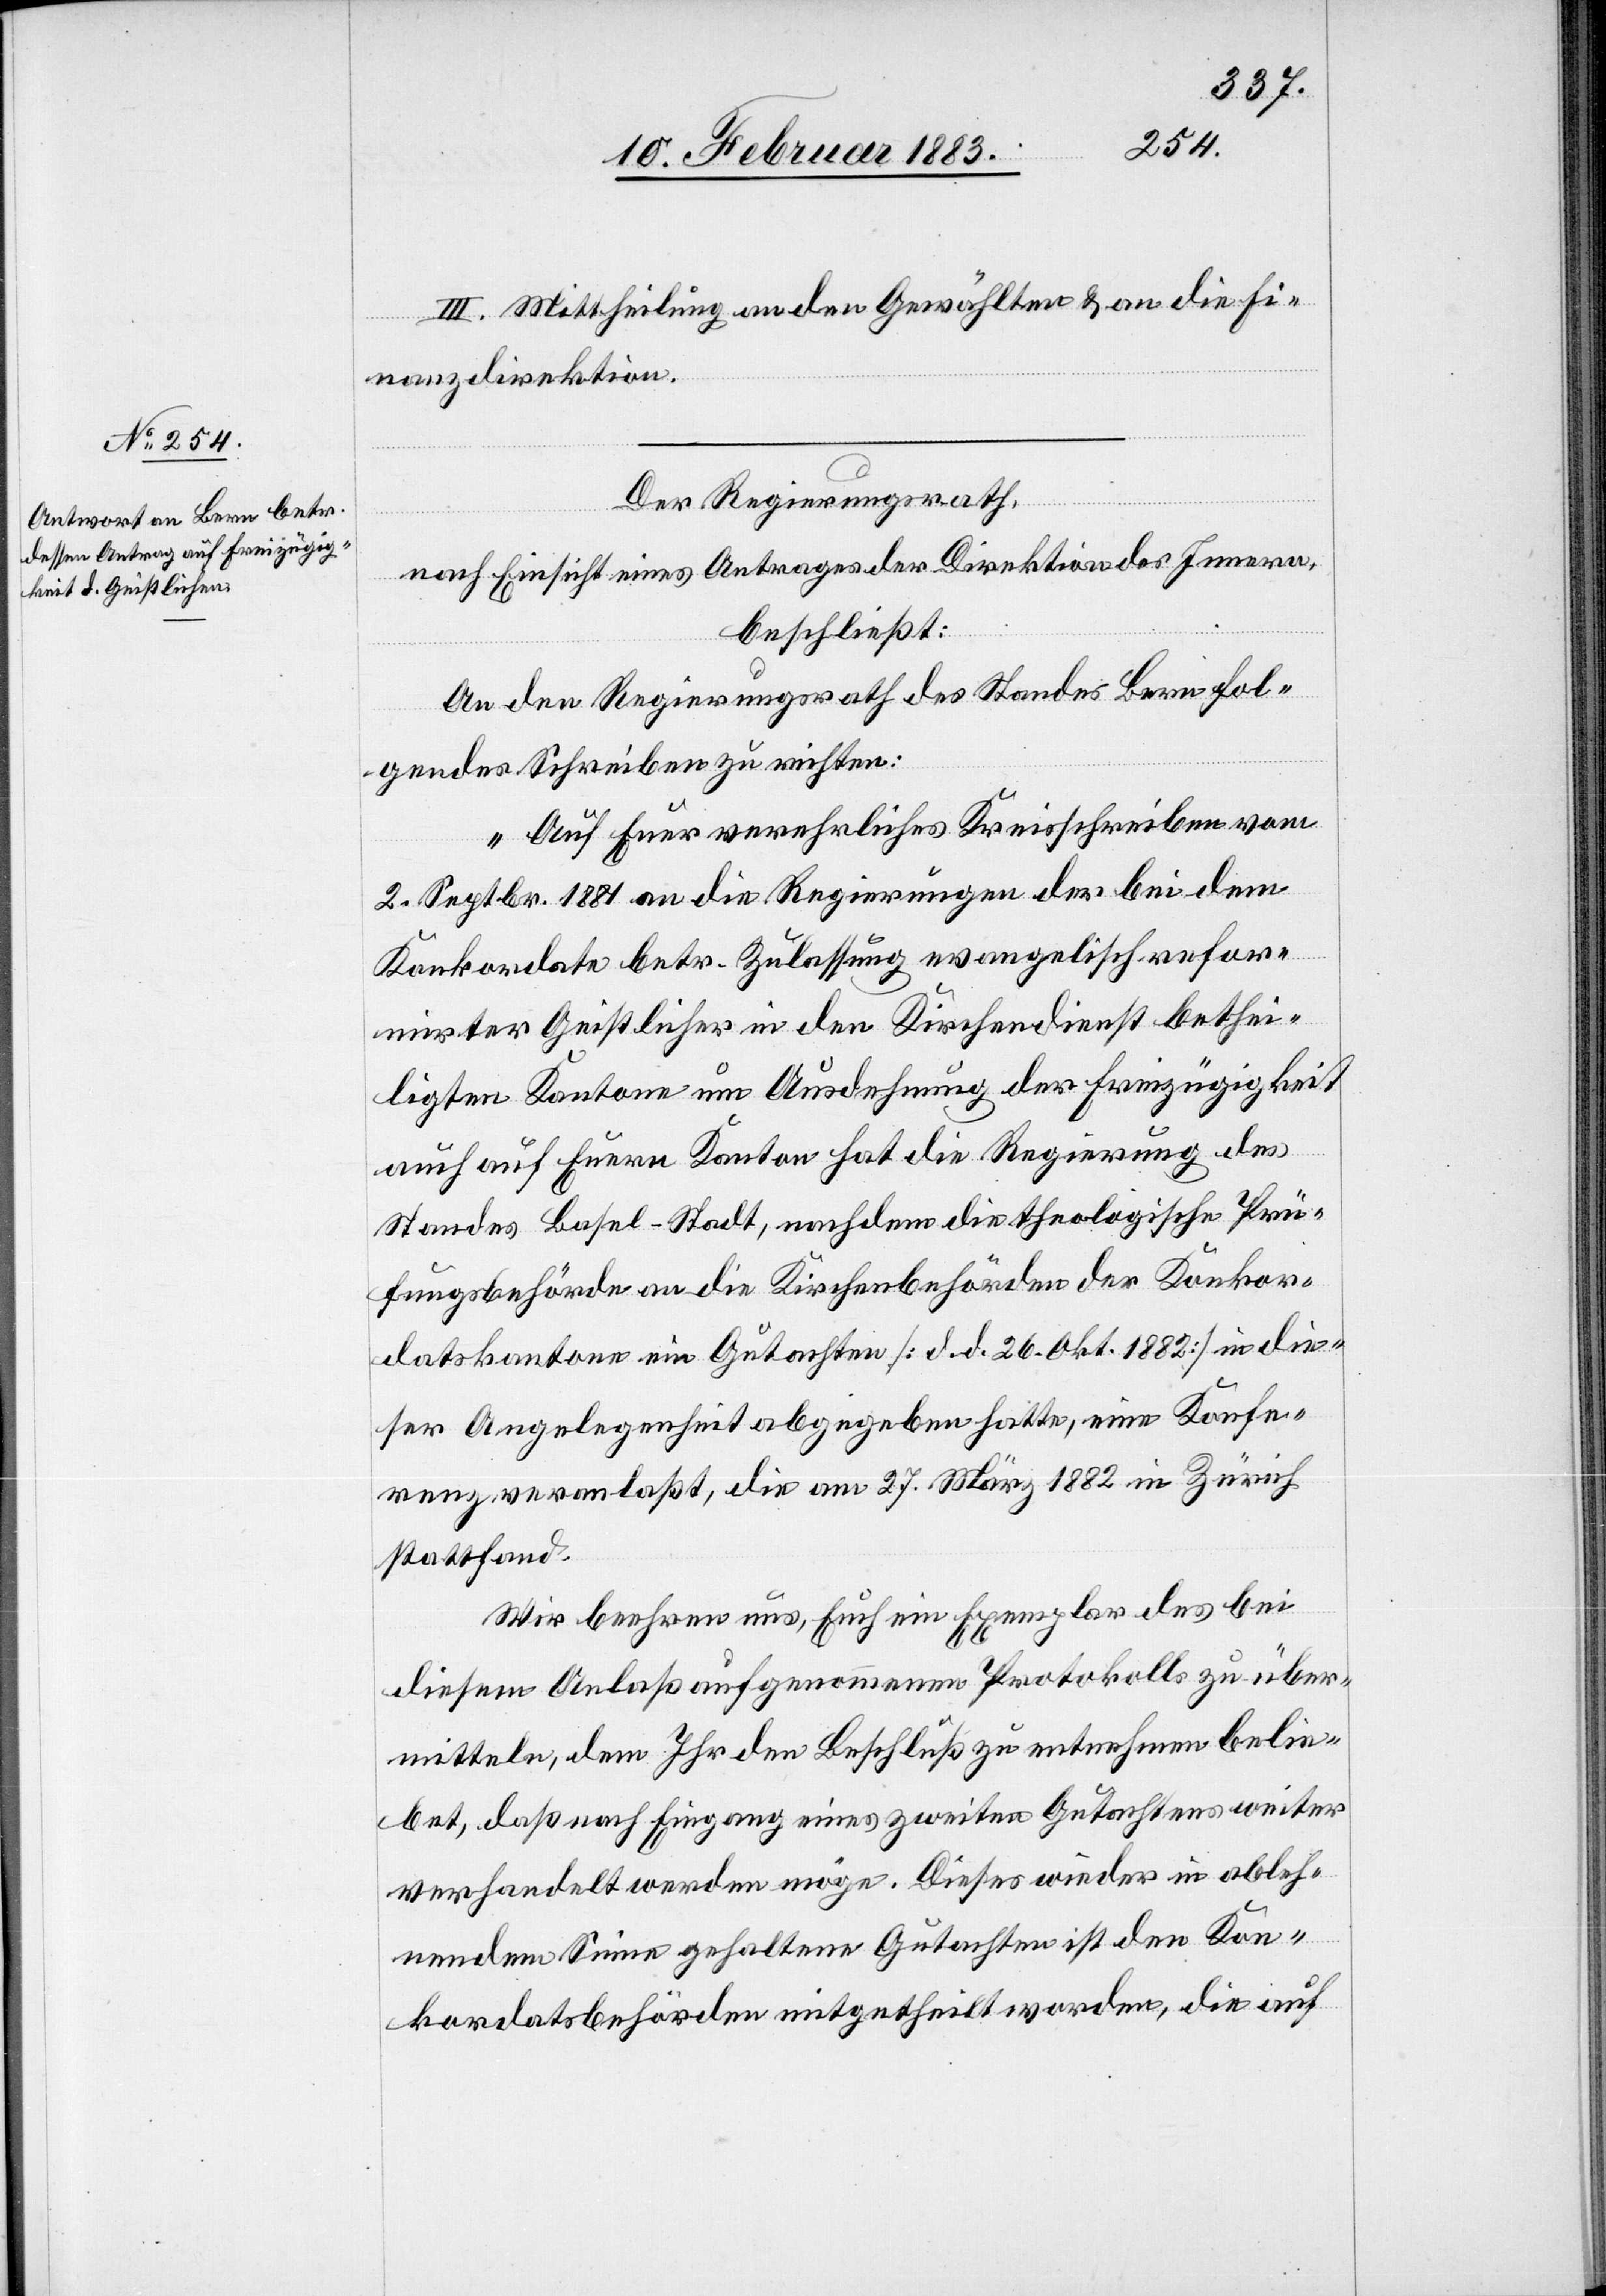
III. Mittheilung an den Gewählten & an die Fi¬
nanzdirektion.
Der Regierungsrath,
nach Einsicht eines Antrages der Direktion des Innern,
beschließt:
An den Regierungsrath des Standes Bern fol¬
gendes Schreiben zu richten:
„Auf Euer verehrliches Kreisschreiben vom
2. Septbr. 1881 an die Regierungen der bei dem
Konkordate betr. Zulassung evangelisch refor¬
mirter Geistlicher in den Kirchendienst bethei¬
ligten Kantone um Ausdehnung der Freizügigkeit
auch auf Euern Kanton hat die Regierung des
Standes Basel-Stadt, nachdem die theologische Prü¬
fungsbehörde an die Kirchbehörden der Konkor¬
datskantone ein Gutachten [d. d. 26. Okt. 1882] in die¬
ser Angelegenheit abgegeben hatte, eine Konfe¬
renz veranlaßt, die am 27. März 1882 in Zürich
stattfand.
Wir beehren uns, Euch ein Exemplar des bei
diesem Anlaß aufgenommenen Protokolls zu über¬
mitteln, dem Ihr den Beschluß zu entnehmen belie¬
bet, daß nach Eingang eines zweiten Gutachtens weiter
verhandelt werden möge. Dieses wieder in ableh¬
nendem Sinne gehaltene Gutachten ist den Kon¬
kordatsbehörden mitgetheilt worden, die auf